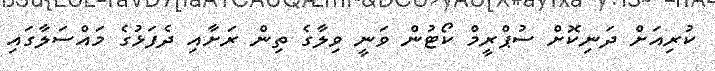
ކުރިއަށް ދަނިކޮށް ސުޕްރީމް ކޯޓުން ވަނީ ވިލާގެ ތިން ރަށާއި ދެފަޅުގެ މައްސަލާގައި